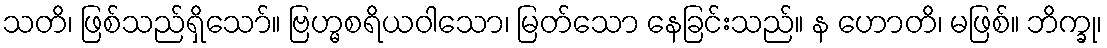
သတိ၊ ဖြစ်သည်ရှိသော်။ ဗြဟ္မစရိယဝါသော၊ မြတ်သော နေခြင်းသည်။ န ဟောတိ၊ မဖြစ်။ ဘိက္ခု၊